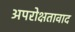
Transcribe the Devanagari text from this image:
अपरोक्षतावाद